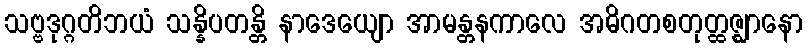
သဗ္ဗဒုဂ္ဂတိဘယံ သန္နိပတန္တိ နာဒေယျော အာမန္တနကာလေ အဓိဂတစတုတ္ထဇ္ဈာနော